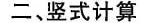
二、竖式计算